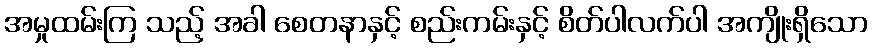
အမှုထမ်းကြ သည့် အခါ စေတနာနှင့် စည်းကမ်းနှင့် စိတ်ပါလက်ပါ အကျိုးရှိသော